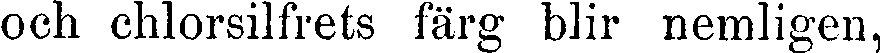
och chlorsilfrets färg blir nemligen,